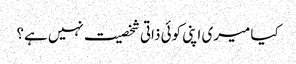
کیا میری اپنی کوئی ذاتی شخصیت نہیں ہے؟